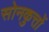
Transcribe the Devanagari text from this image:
सोनकुत्तों